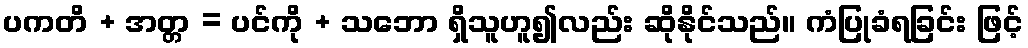
ပကတိ + အတ္တ = ပင်ကို + သဘော ရှိသူဟူ၍လည်း ဆိုနိုင်သည်။ ကံပြုခံရခြင်း ဖြင့်